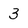
Character: 3